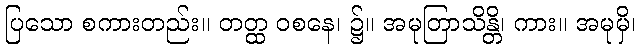
ပြသော စကားတည်း။ တတ္ထ ဝစနေ၊ ၌။ အမုတြာသိန္တိ၊ ကား။ အမုမှိ၊